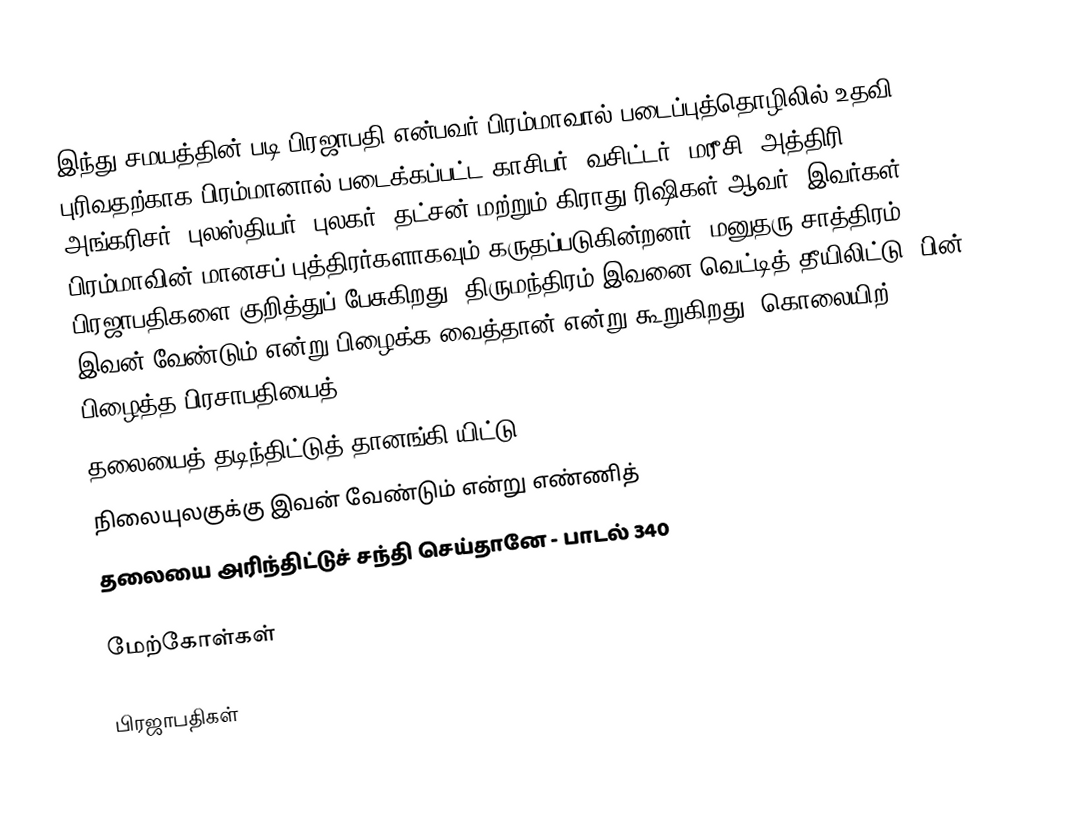
இந்து சமயத்தின் படி பிரஜாபதி என்பவர் பிரம்மாவால் படைப்புத்தொழிலில் உதவி புரிவதற்காக பிரம்மானால் படைக்கப்பட்ட காசிபர், வசிட்டர்,  மரீசி, அத்திரி, அங்கரிசர், புலஸ்தியர், புலகர், தட்சன் மற்றும் கிராது  ரிஷிகள் ஆவர். இவர்கள் பிரம்மாவின் மானசப் புத்திரர்களாகவும் கருதப்படுகின்றனர். மனுதரு சாத்திரம் 10 பிரஜாபதிகளை குறித்துப் பேசுகிறது. திருமந்திரம் இவனை வெட்டித் தீயிலிட்டு, பின் இவன் வேண்டும் என்று பிழைக்க வைத்தான் என்று கூறுகிறது. கொலையிற் பிழைத்த பிரசாபதியைத்
தலையைத் தடிந்திட்டுத் தானங்கி யிட்டு
நிலையுலகுக்கு இவன் வேண்டும் என்று எண்ணித்
தலையை அரிந்திட்டுச் சந்தி செய்தானே - பாடல் 340

மேற்கோள்கள்

பிரஜாபதிகள்